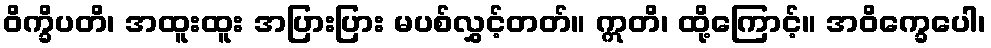
ဝိက္ခိပတိ၊ အထူးထူး အပြားပြား မပစ်လွှင့်တတ်။ ဣတိ၊ ထို့ကြောင့်။ အဝိက္ခေပေါ၊